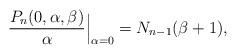
LaTeX: \begin{gather*} \frac{P_n(0,\alpha,\beta)}{\alpha}\Big|_{\alpha=0} =N_{n-1}(\beta+1),\end{gather*}